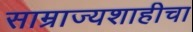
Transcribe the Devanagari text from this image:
साम्राज्यशाहीचा